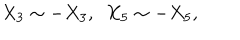
X _ { 3 } \sim - X _ { 3 } , \ \ X _ { 5 } \sim - X _ { 5 } ,